Piroplasma canis and its life cycle in the tick - Number 29
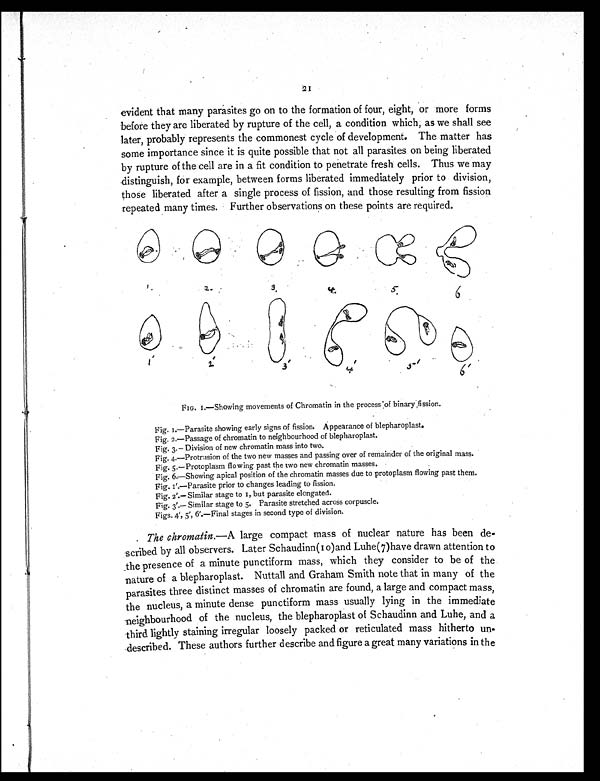
21
evident that many parasites go on to the formation of four, eight, or more forms
before they are liberated by rupture of the cell, a condition which, as we shall see
later, probably represents the commonest cycle of development. The matter has
some importance since it is quite possible that not all parasites on being liberated
by rupture of the cell are in a fit condition to penetrate fresh cells. Thus we may
distinguish, for example, between forms liberated immediately prior to division,
those liberated after a single process of fission, and those resulting from fission
repeated many times. Further observations on these points are required.
FIG. I.—Showing movements of Chromatin in the process of binary , fission.
Fig. 1—Parasite showing early signs of fission. Appearance of blepharoplast.
Fig. 2.—Passage of chromatin to neighbourhood of blepharoplast
.
Fig. 3.— Division of new chromatin mass into two.
Fig. 4.—Protrusion of the two new masses and passing over of remainder of the original mass.
Fig. 5.—Protoplasm flowing past the two new chromatin masses.
Fig. 6.—Showing apical position of the chromatin masses due to protoplasm flowing past them.
Fig. 1.—Parasite prior to changes leading to fission.
Fig. 2'.—Similar stage to 1, but parasite elongated.
Fig. 3'.— Similar stage to 5. Parasite stretched across corpuscle.
Figs. 4', 5', 6'.—Final stages in second type of division.
The chromatin .—A large compact mass of nuclear nature has been de-
scribed by all observers. Later Schaudinn (10) and Luhe(7)have drawn attention to
the presence of a minute punctiform mass, which they consider to be of the
nature of a blepharoplast. Nuttall and Graham Smith note that in many of the
parasites three distinct masses of chromatin are found, a large and compact mass,
the nucleus, a minute dense punctiform mass usually lying in the immediate
neighbourhood of the nucleus, the blepharoplast of Schaudinn and Luhe, and a
third lightly staining irregular loosely packed or reticulated mass hitherto un-
described. These authors further describe and figure a great many variations in the